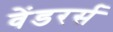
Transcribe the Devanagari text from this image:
वेंडरर्स